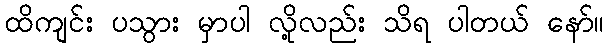
ထိကျင်း ပသွား မှာပါ လို့လည်း သိရ ပါတယ် နော်။